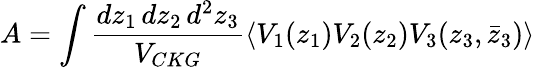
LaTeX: A=\int\frac{dz_{1}\, dz_{2}\, d^{2}z_{3}}{V_{CKG}}\langle V_{1}(z_{1})V_{2}(z_{2})V_{3}(z_{3},\bar{z}_{3})\rangle